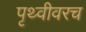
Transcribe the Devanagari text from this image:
पृथ्वीवरच